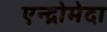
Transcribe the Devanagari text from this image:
एन्द्रोमेदा